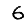
Digit: 6